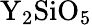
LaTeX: \mathrm{Y_{2}SiO_{5}}